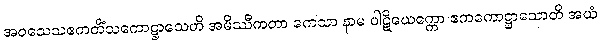
အဝသေသဧကတိံသကောဋ္ဌာသေဟိ အမိဿီကတာ ကေသာ နာမ ပါဋိယေက္ကော ဧကကောဋ္ဌာသောတိ အယံ